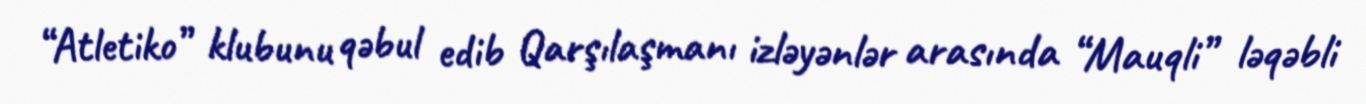
“Atletiko” klubunu qəbul edib Qarşılaşmanı izləyənlər arasında “Mauqli” ləqəbli